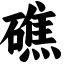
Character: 礁